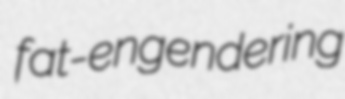
fat-engendering